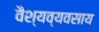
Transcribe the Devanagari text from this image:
वैश्यव्यवसाय